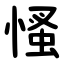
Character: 慅